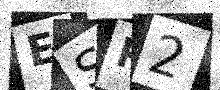
Text: ESR2